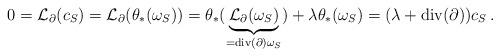
LaTeX: \begin{align*} 0 = \mathcal L_\partial(c_S) = \mathcal L_\partial(\theta_*(\omega_S)) = \theta_*(\underset{=\mathrm{div}(\partial) \omega_S}{\underbrace{\mathcal L_\partial(\omega_S)}}) + \lambda \theta_*(\omega_S) = (\lambda+\mathrm{div}(\partial)) c_S\,. \end{align*}